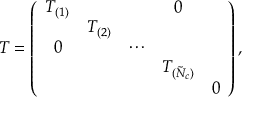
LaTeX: T = \left( \begin{array} { c c c c c } { { T _ { ( 1 ) } } } & { { } } & { { } } & { { 0 } } & { { } } \\ { { } } & { { T _ { ( 2 ) } } } & { { } } & { { } } & { { } } \\ { { 0 } } & { { } } & { { \cdots } } & { { } } & { { } } \\ { { } } & { { } } & { { } } & { { T _ { ( \tilde { N } _ { c } ) } } } & { { } } \\ { { } } & { { } } & { { } } & { { } } & { { 0 } } \end{array} \right) ,